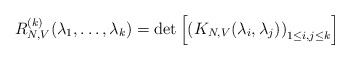
\begin{align*}R_{N,V}^{(k)} (\lambda_1,\ldots, \lambda_k)=\det \left[ \left( K_{N,V}(\lambda_i,\lambda_j) \right)_{1\leq i,j\leq k} \right]\end{align*}